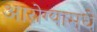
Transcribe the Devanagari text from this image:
आरोग्यामधे